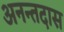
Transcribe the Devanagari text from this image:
अनन्तदास